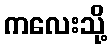
ကလေးသို့